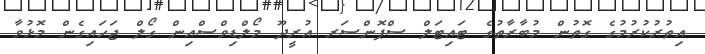
އިތުރުކުރުމުގެ ގޮޮތުން މުބާރާތުގެ ޓައިޓަލް ސްޕޮންސަރ އުރީދޫ މޯލްޑިވްސްއިން ގޯލް ޖަހައިގެން މޮޅުވާ